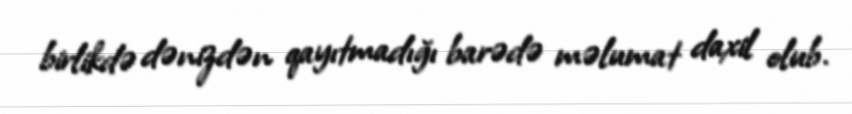
birlikdə dənizdən qayıtmadığı barədə məlumat daxil olub.